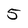
Character: 5